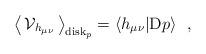
LaTeX: \begin{align*}\big\langle\,{\cal V}_{h_{\mu\nu}}\,\big\rangle_{{\rm disk}_p} =\langle h_{\mu\nu}|{\rm D}p\rangle~~,\end{align*}